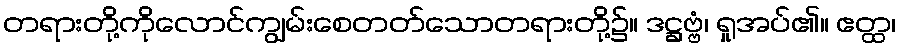
တရားတို့ကိုလောင်ကျွမ်းစေတတ်သောတရားတို့၌။ ဒဋ္ဌဗ္ဗံ၊ ရှုအပ်၏။ ဧတ္ထ၊